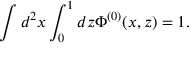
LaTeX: \int d ^ { 2 } x \int _ { 0 } ^ { 1 } d z \Phi ^ { ( 0 ) } ( x , z ) = 1 .